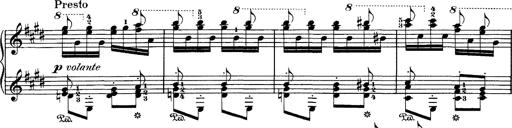
Title: Hungarian Rhapsody No.1
Composer: Franz Liszt
Key: C-sharp minor